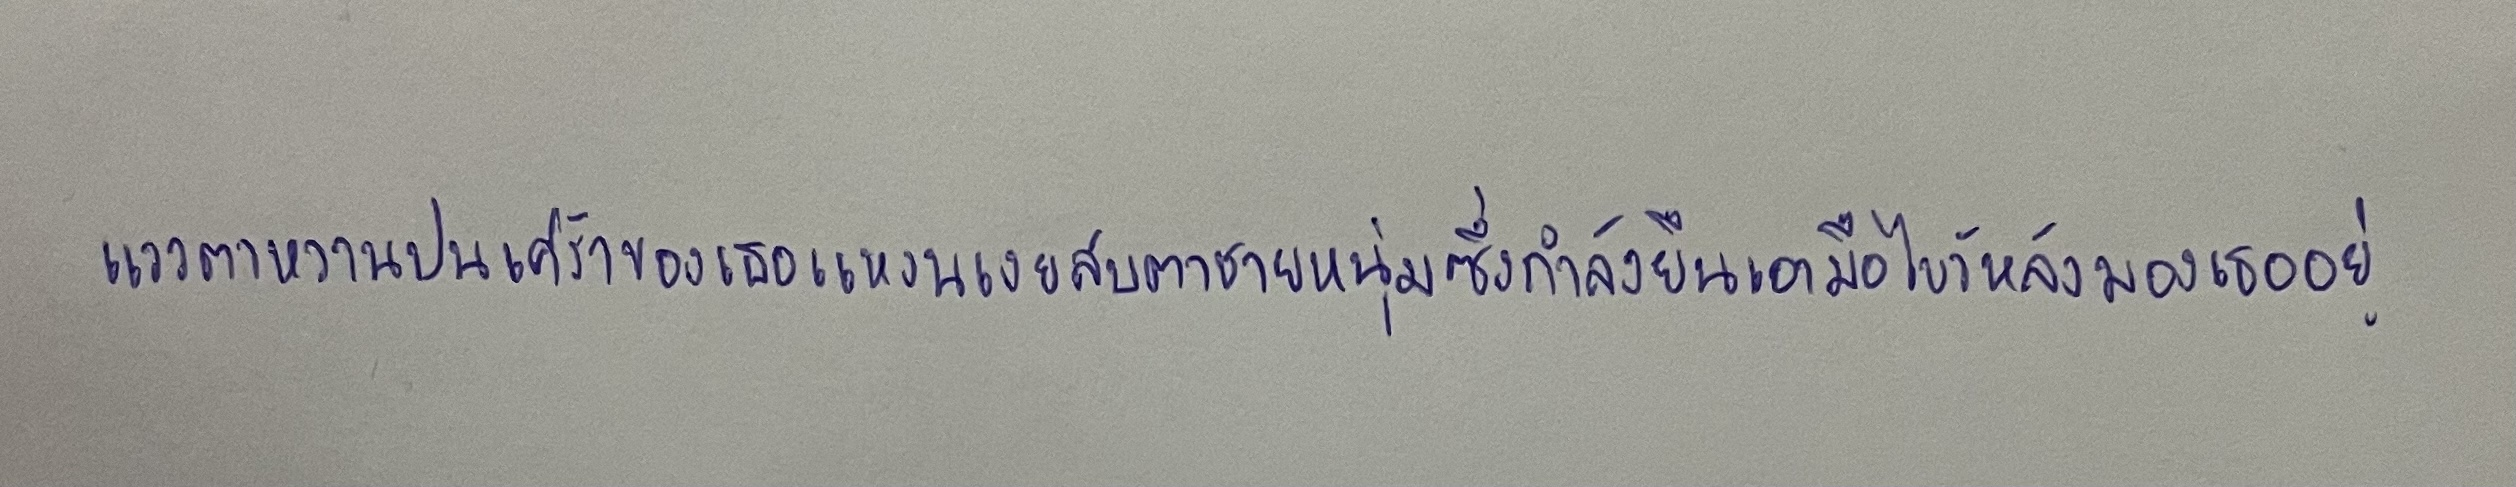
แววตาหวานปนเศร้าของเธอแหงนเงยสบตาชายหนุ่มซึ่งกำลังยืนเอามือไขว้หลังมองเธออยู่